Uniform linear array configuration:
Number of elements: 24
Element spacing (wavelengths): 0.25
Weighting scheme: kaiser
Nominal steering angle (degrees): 45
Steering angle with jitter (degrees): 43.355
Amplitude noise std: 0.05
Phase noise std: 0.05

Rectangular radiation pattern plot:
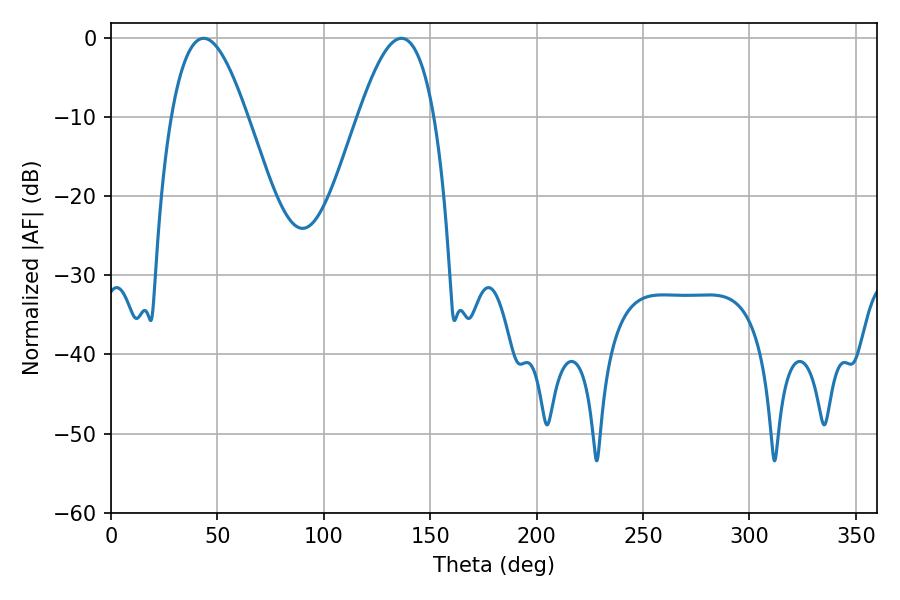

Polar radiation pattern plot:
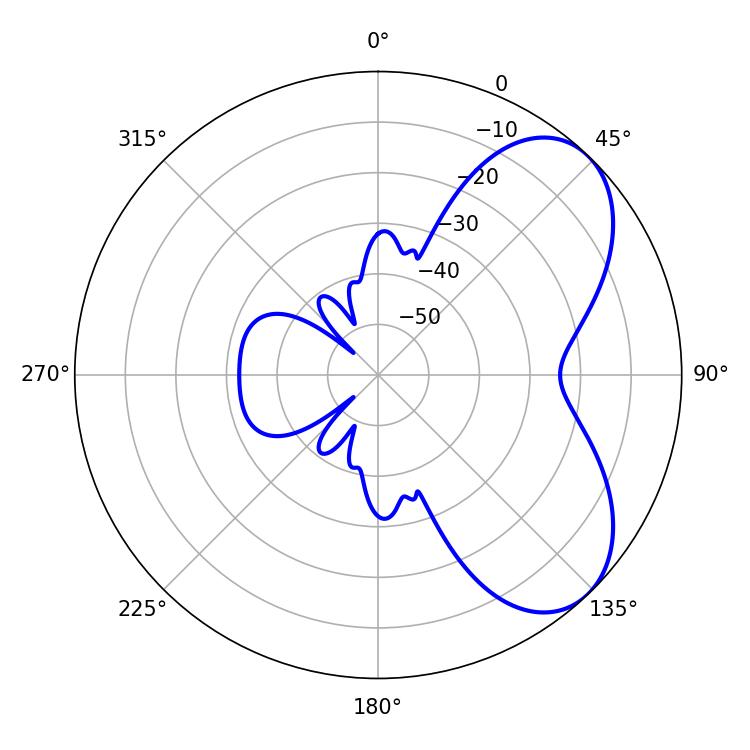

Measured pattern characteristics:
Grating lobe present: FALSE
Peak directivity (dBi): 5.86
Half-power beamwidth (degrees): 19.44
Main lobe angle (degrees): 43.56